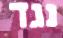
נגד